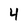
Character: 4